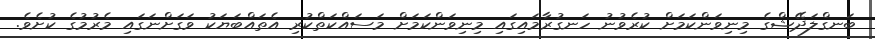
ބަނގްލަދޭޝްގެ މިނިވަންކަމަށް ކުރެވުނު ހަނގުރާމައިގައި މިނިވަންކަމަށް މަސައްކަތްކުރި އެތައްބަޔަކު ވަގަށްނަގައި މެރުމުގެ ކުށެވެ.